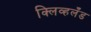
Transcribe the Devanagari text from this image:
क्लिव्हलँड